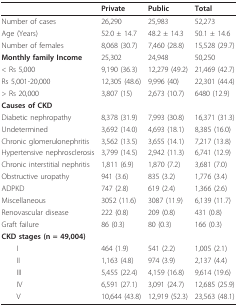
<table><thead><tr><td></td><td><b>Private</b></td><td><b>Public</b></td><td><b>Total</b></td></tr></thead><tbody><tr><td>Number of cases</td><td>26,290</td><td>25,983</td><td>52,273</td></tr><tr><td>Age (Years)</td><td>52.0 ± 14.7</td><td>48.2 ± 14.3</td><td>50.1 ± 14.6</td></tr><tr><td>Number of females</td><td>8,068 (30.7)</td><td>7,460 (28.8)</td><td>15,528 (29.7)</td></tr><tr><td><b>Monthly family Income</b></td><td>25,302</td><td>24,948</td><td>50,250</td></tr><tr><td>&lt; Rs 5,000</td><td>9,190 (36.3)</td><td>12,279 (49.2)</td><td>21,469 (42.7)</td></tr><tr><td>Rs 5,001-20,000</td><td>12,305 (48.6)</td><td>9,996 (40)</td><td>22,301 (44.4)</td></tr><tr><td>&gt; Rs 20,000</td><td>3,807 (15)</td><td>2,673 (10.7)</td><td>6480 (12.9)</td></tr><tr><td><b>Causes of CKD</b></td><td></td><td></td><td></td></tr><tr><td>Diabetic nephropathy</td><td>8,378 (31.9)</td><td>7,993 (30.8)</td><td>16,371 (31.3)</td></tr><tr><td>Undetermined</td><td>3,692 (14.0)</td><td>4,693 (18.1)</td><td>8,385 (16.0)</td></tr><tr><td>Chronic glomerulonephritis</td><td>3,562 (13.5)</td><td>3,655 (14.1)</td><td>7,217 (13.8)</td></tr><tr><td>Hypertensive nephrosclerosis</td><td>3,799 (14.5)</td><td>2,942 (11.3)</td><td>6,741 (12.9)</td></tr><tr><td>Chronic interstitial nephritis</td><td>1,811 (6.9)</td><td>1,870 (7.2)</td><td>3,681 (7.0)</td></tr><tr><td>Obstructive uropathy</td><td>941 (3.6)</td><td>835 (3.2)</td><td>1,776 (3.4)</td></tr><tr><td>ADPKD</td><td>747 (2.8)</td><td>619 (2.4)</td><td>1,366 (2.6)</td></tr><tr><td>Miscellaneous</td><td>3052 (11.6)</td><td>3087 (11.9)</td><td>6,139 (11.7)</td></tr><tr><td>Renovascular disease</td><td>222 (0.8)</td><td>209 (0.8)</td><td>431 (0.8)</td></tr><tr><td>Graft failure</td><td>86 (0.3)</td><td>80 (0.3)</td><td>166 (0.3)</td></tr><tr><td><b>CKD stages (n = 49,004)</b></td><td></td><td></td><td></td></tr><tr><td> I</td><td>464 (1.9)</td><td>541 (2.2)</td><td>1,005 (2.1)</td></tr><tr><td> II</td><td>1,163 (4.8)</td><td>974 (3.9)</td><td>2,137 (4.4)</td></tr><tr><td> III</td><td>5,455 (22.4)</td><td>4,159 (16.8)</td><td>9,614 (19.6)</td></tr><tr><td> IV</td><td>6,591 (27.1)</td><td>3,091 (24.7)</td><td>12,685 (25.9)</td></tr><tr><td> V</td><td>10,644 (43.8)</td><td>12,919 (52.3)</td><td>23,563 (48.1)</td></tr></tbody></table>